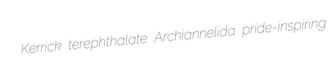
Kerrick terephthalate Archiannelida pride-inspiring